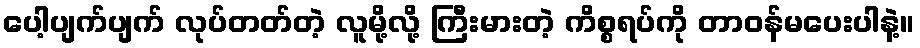
ပေါ့ပျက်ပျက် လုပ်တတ်တဲ့ လူမို့လို့ ကြီးမားတဲ့ ကိစ္စရပ်ကို တာဝန်မပေးပါနဲ့။